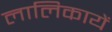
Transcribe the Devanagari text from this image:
लालिकायें